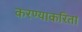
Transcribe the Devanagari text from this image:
करण्‍याकरिता